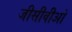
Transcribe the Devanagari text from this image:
जीसीवीओ